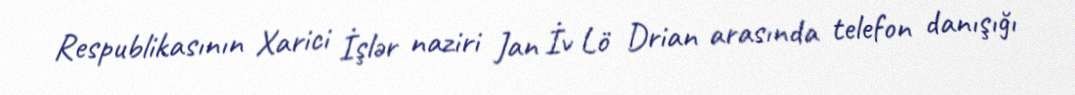
Respublikasının Xarici İşlər naziri Jan İv Lö Drian arasında telefon danışığı